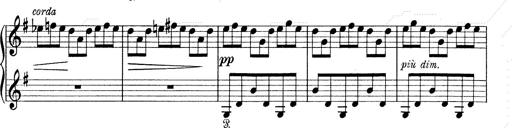
Title: 6 Polish Songs
Composer: Franz Liszt